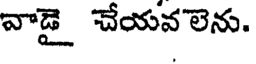
వాడై చేయవలెను.